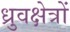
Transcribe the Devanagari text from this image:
ध्रुवक्षेत्रों